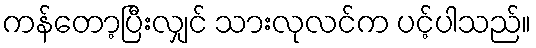
ကန်တော့ပြီးလျှင် သားလုလင်က ပင့်ပါသည်။